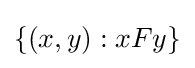
\left\{\left(x,y\right):xFy\right\}